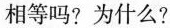
相等吗?为什么?